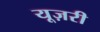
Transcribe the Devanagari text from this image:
यूज़री